system: You are a helpful assistant.
user:
Analyze the provided spectrum to determine if it is a **"Cataclysmic Variables (CV)"**.

- **Key Indicators for CV (Check for either state):**
    - **State 1: Quiescent / Low-State (Emission-Dominated)**
        - **(Primary):** Strong and *very broad* Hydrogen Balmer emission lines (e.g., $H\alpha$ at 6563 Å, $H\beta$ at 4861 Å). The 'broadness' (high velocity dispersion, often FWHM > 1000 km/s) is the key diagnostic, indicating a high-velocity accretion disk.
        - **(Secondary):** Broad neutral Helium (He I) emission lines (e.g., 5876 Å, 6678 Å).
        - **(Key Confirmation):** Presence of high-excitation *ionized* Helium (He II) emission at 4686 Å. This is a strong indicator of accretion onto a white dwarf.
        - **(Line Profile):** Emission lines may exhibit a 'double-peaked' profile, which is a classic signature of a rotating accretion disk viewed at high inclination.

    - **State 2: Outburst / High-State (Absorption-Dominated)**
        - **(Primary):** Spectrum is dominated by a bright, blue continuum (looks like a hot star).
        - **(Secondary):** The emission lines from State 1 are weak, absent, or 'filled in', and are replaced by broad, shallow *absorption* lines (primarily Balmer and He I).
        - **(Morphology):** The overall spectrum mimics a hot B/A-type star. The crucial difference is that the absorption lines are significantly broader, shallower, and more 'washed-out' (or 'smeared') than the sharp lines of a normal stellar photosphere, due to high rotational speeds and pressure broadening in the disk.

Think first, call **spectral_visualization_tool** if needed to examine features in detail, then provide your final answer. Your response must adhere to the following strict rules:
1.  **Overall Structure:** Your response must follow the format `<think>...</think> <tool_call>...</tool_call> (if a tool is used) <answer>...</answer>`.
2.  **Tool Usage Constraint:** You may only make **one** tool call per turn.
3.  **Final Answer Format:** In the `<answer>` tag, your conclusion must be inside a `\boxed{}` command (e.g., `\boxed{YES}`), followed by your justification.

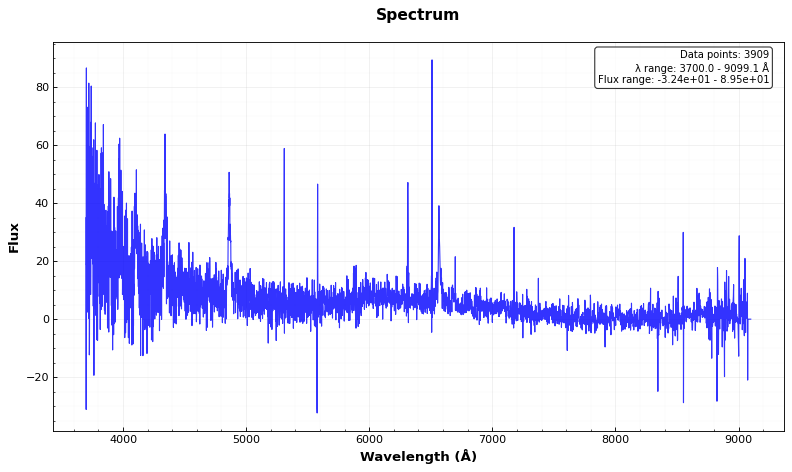
Answer: YES